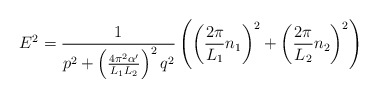
\begin{align*}E^2 = \frac{1}{p^2+\left(\frac{4 \pi^2\alpha'}{L_1 L_2}\right)^2 q^2}\left(\left(\frac{2\pi}{L_1}n_1\right)^2 + \left(\frac{2\pi}{L_2}n_2\right)^2 \right)\end{align*}